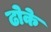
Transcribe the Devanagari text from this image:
ढोके